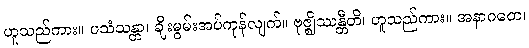
ဟူသည်ကား။ ပသံသန္တာ၊ ချီးမွမ်းအပ်ကုန်လျက်။ ဗုဇ္ဈိဿန္တီတိ၊ ဟူသည်ကား။ အနာဂတေ၊